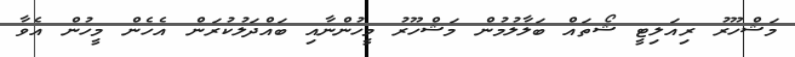
މަޝްހޫރު ރިއަލިޓީ ޝޯތައް ބަލާލުމުން މަޝްހޫރު މީހުންނާއި ބައްދަލުކުރަން އެހެން މީހުން އެވާ